Leaving Certificate, 1899
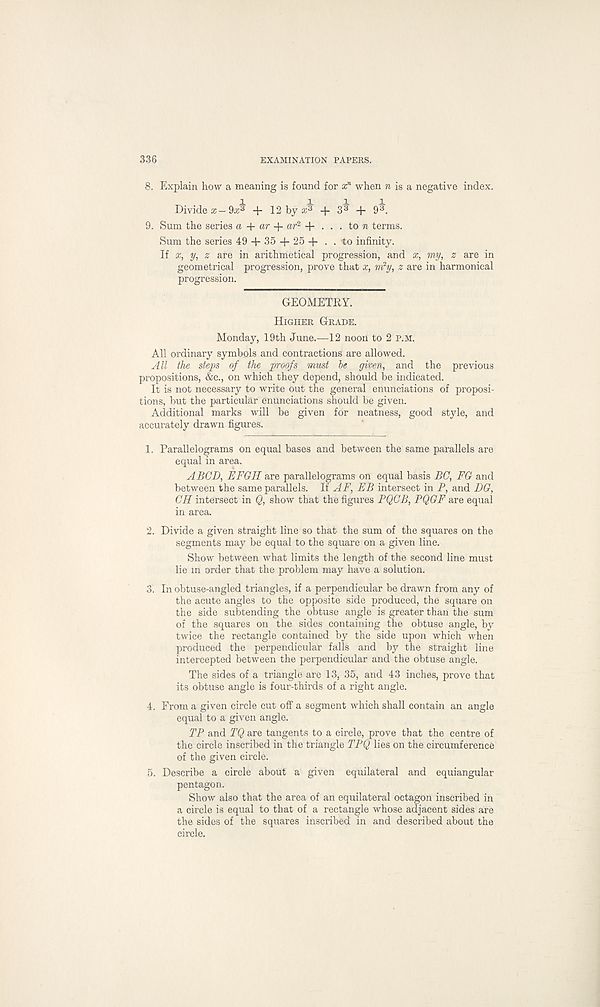
336
EXAMINATION PAPERS.
8. Explain how a meaning is found for x n when «, is a negative index.
Divide a:- 9^ -p 12 by a:^ + 33 + 93.
9. Sum the series a + ar ar 2 . . . to n terms.
Sum the series 49 + 35 + 25 + . .to infinity.
If x, y, z are in arithmetical progression, and x, my, z are in
geometrical progression, prove that x, m 2 y, z are in harmonical
progression.
GEOMETRY.
Higher Grade.
Monday, 19th June.—12 noon to 2 P.M.
All ordinary symbols and contractions are allowed.
All the steps of the proofs must be given, and the previous
propositions, &c., on which they depend, should be indicated.
It is not necessary to write out the general enunciations of proposi-
tions, but the particular enunciations should be given.
Additional marks will be given for neatness, good style, and
accurately drawn figures.
1. Parallelograms on equal bases and between the same parallels are
equal in area.
ABGD, EFGH are parallelograms on equal basis EG, FG and
between the same parallels. If AF, EB intersect in P, and DG,
CH intersect in Q, show that the figures PQCB, PQGF are equal
in area.
2. Divide a given straight line so that the sum of the squares on the
segments may be equal to the square on a given line.
Show between what limits the length of the second line must
lie in order that the problem may have a solution.
3. In obtuse-angled triangles, if a perpendicular be drawn from any of
the acute angles to the opposite side produced, the square on
the side subtending the obtuse angle is greater than the sum
of the squares on the sides containing the obtuse angle, by
twice the rectangle contained by the side upon which when
produced the perpendicular falls and by the straight line
intercepted between the perpendicular and the obtuse angle.
The sides of a triangle are 13, 35, and 43 inches, prove that
its obtuse angle is four-thirds of a right angle.
4. From a given circle cut off a segment which shall contain an angle
equal to a given angle.
TP and TQ are tangents to a circle, prove that the centre of
the circle inscribed in the triangle TPQ lies on the circumference
of the given circle.
5. Describe a circle about a given equilateral and equiangular
pentagon.
Show also that the area of an equilateral octagon inscribed in
a circle is equal to that of a rectangle whose adjacent sides are
the sides of the squares inscribed in and described about the
circle.